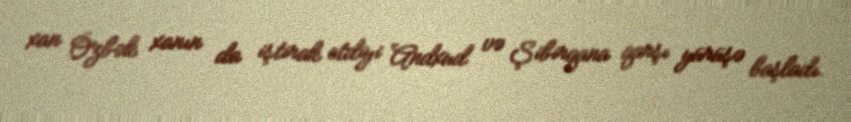
xan Özbək xanın da iştirak etdiyi Andxud və Şibirqana qarşı yürüşə başladı.